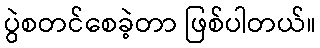
ပွဲစတင်စေခဲ့တာ ဖြစ်ပါတယ်။